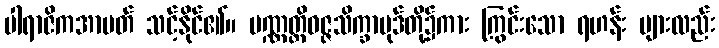
ပါရာဇိကအာပတ် သင့်နိုင်၏။ ပဏ္ဏတ္တိဝဇ္ဇသိက္ခာပုဒ်တို့၌ကား ကြွင်းသော ရဟန်း များလည်း